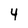
Character: 4